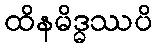
ထိနမိဒ္ဓဿပိ